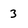
Character: 3